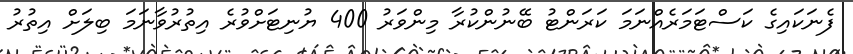
ފެނަކައިގެ ކަސްޓަމަރެއްނަމަ ކަރަންޓު ބޭނުންކުރާ މިންވަރު 400 ޔުނިޓަށްވުރެ އިތުރުވާނަމަ ބިލަށް އިތުރު